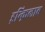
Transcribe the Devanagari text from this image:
इन्क़िलाब